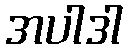
အပါဒါ